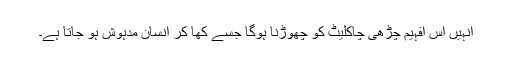
انہیں اس افہیم چڑھی چاکلیٹ کو چھوڑنا ہوگا جسے کھا کر انسان مدہوش ہو جاتا ہے۔